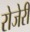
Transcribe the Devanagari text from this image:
रोजेरी